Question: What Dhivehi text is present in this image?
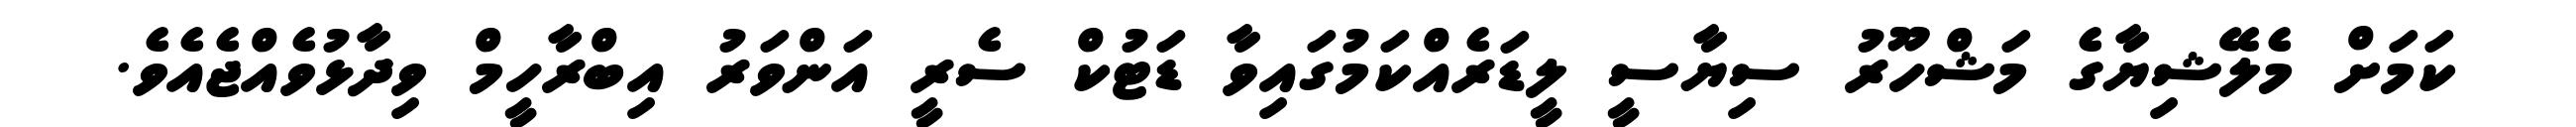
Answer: ކަމަށް މެލޭޝިޔާގެ މަޝްހޫރު ސިޔާސީ ލީޑަރެއްކަމުގައިވާ ޑަޓުކް ސެރީ އަންވަރު އިބްރާހީމް ވިދާޅުވެއްޖެއެވެ.